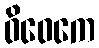
ဝိဝေကေ